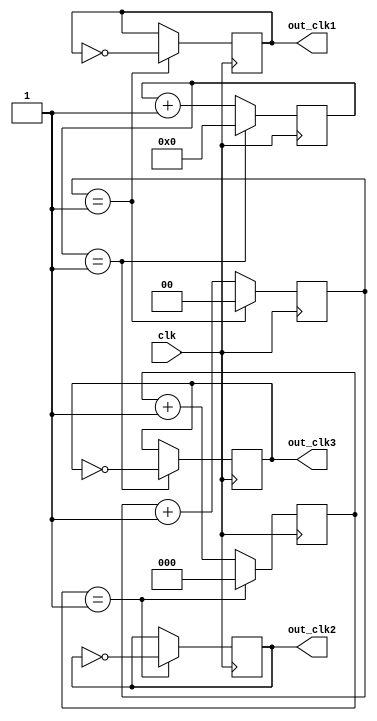
module multi_phase_clock_divider (
  input wire clk,
  output reg out_clk1,
  output reg out_clk2,
  output reg out_clk3
);

reg [1:0] count1 = 2'b00;
reg [2:0] count2 = 3'b000;
reg [3:0] count3 = 4'b0000;

always @(posedge clk) begin
  count1 <= count1 + 1;
  count2 <= count2 + 1;
  count3 <= count3 + 1;

  if (count1 == 2'b01) begin
    out_clk1 <= ~out_clk1;
    count1 <= 2'b00;
  end

  if (count2 == 3'b001) begin
    out_clk2 <= ~out_clk2;
    count2 <= 3'b000;
  end

  if (count3 == 4'b0001) begin
    out_clk3 <= ~out_clk3;
    count3 <= 4'b0000;
  end
end

endmodule